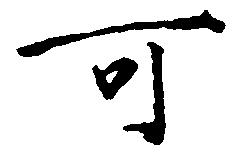
可